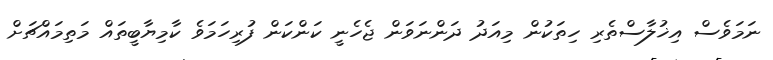
ނަމަވެސް އިޚުލާސްތެރި ހިތަކުން މިއަދު ދަންނަވަން ޖެހެނީ ކަންކަން ފުރިހަމަވެ ކާމިޔާބީތައް މަތިމައްޗަށް